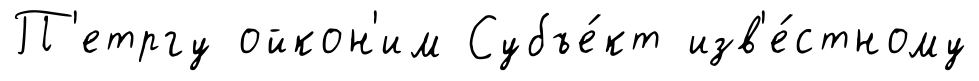
П'етргу ойкон'им Субъе́кт изв'е́стному